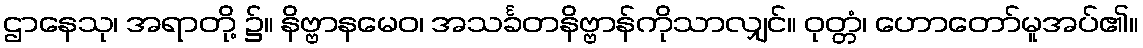
ဌာနေသု၊ အရာတို့ ၌။ နိဗ္ဗာနမေဝ၊ အသင်္ခတနိဗ္ဗာန်ကိုသာလျှင်။ ဝုတ္တံ၊ ဟောတော်မူအပ်၏။